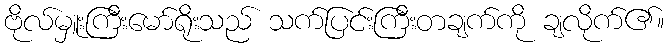
ဗိုလ်မှူးကြီးမော်ရိုးသည် သက်ပြင်းကြီးတချက်ကို ချလိုက်၏။